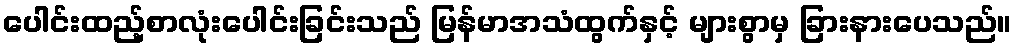
ပေါင်းထည့်စာလုံးပေါင်းခြင်းသည် မြန်မာအသံထွက်နှင့် များစွာမှ ခြားနားပေသည်။